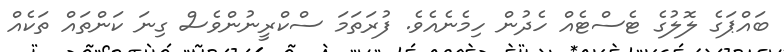
ބައްޕަގެ ލޮލުގެ ޓެސްޓެއް ހެދުން ހިމެނެއެވެ. ފުރަތަމަ ސްކްރީނުންވެސް ގިނަ ކަންތައް ތަކެއް